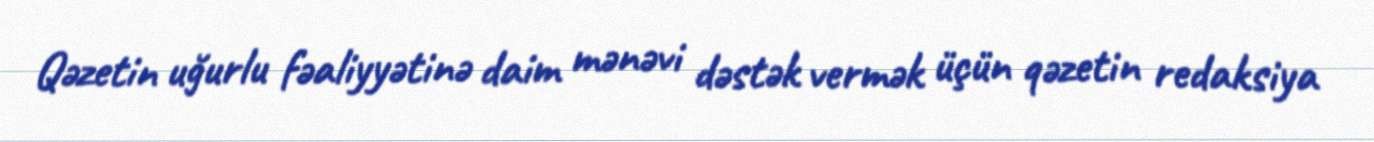
Qəzetin uğurlu fəaliyyətinə daim mənəvi dəstək vermək üçün qəzetin redaksiya